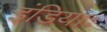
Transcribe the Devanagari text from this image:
इंडियाः